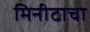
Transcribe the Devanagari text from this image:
मिनीटाचा